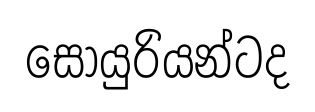
සොයුරියන්ටද